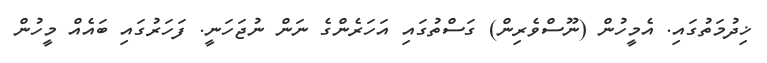
ޚިދުމަތުގައި. އެމީހުން (ނޫސްވެރިން) ގަސްތުގައި އަހަރެންގެ ނަން ނުޖަހަނީ. ފަހަރުގައި ބައެއް މީހުން